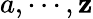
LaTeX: a,\cdots,\mathbf{z}